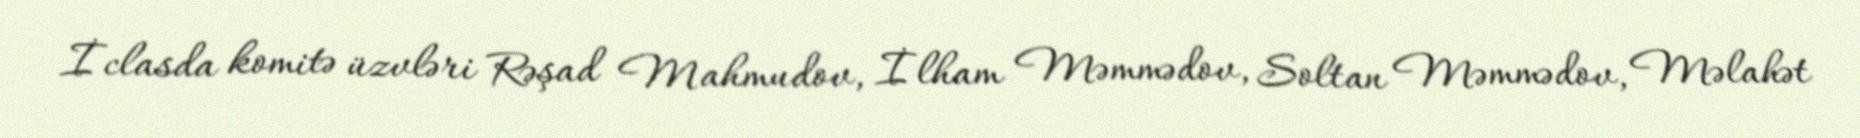
İclasda komitə üzvləri Rəşad Mahmudov, İlham Məmmədov, Soltan Məmmədov, Məlahət